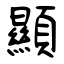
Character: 顯